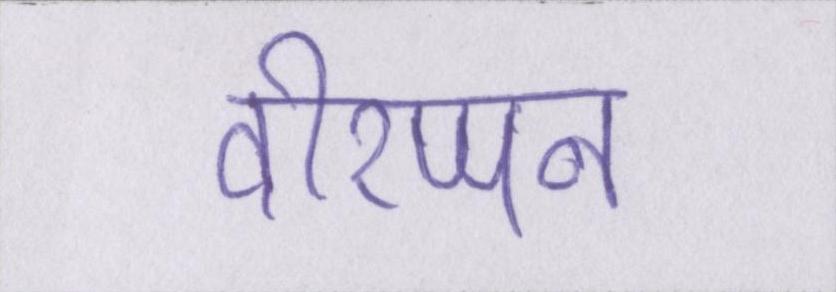
वीरप्पन